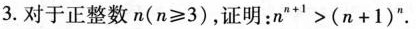
3.对于正整数$$n ( n ≥ 3 )$$，证明：$$n ^ { n + 1 } ﹥ ( n + 1 ) ^ { n }$$.